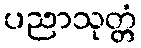
ပညာသုတ္တံ